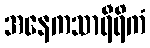
အနေကသာရီရိကံ